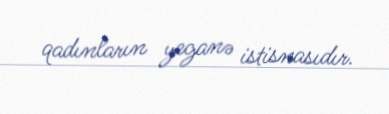
qadınların yeganə istisnasıdır.